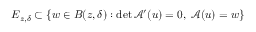
E _ { z , \delta } \subset \{ w \in B ( z , \delta ) : \operatorname* { d e t } \mathcal { A } ^ { \prime } ( u ) = 0 , \; \mathcal { A } ( u ) = w \}